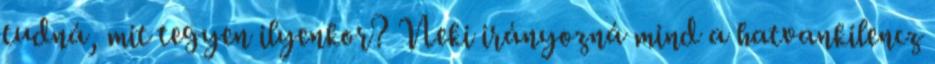
tudná, mit tegyen ilyenkor? Neki irányozná mind a hatvankilencz